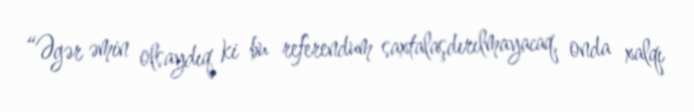
“Əgər əmin olsaydıq ki bu referendum saxtalaşdırılmayacaq, onda xalqı